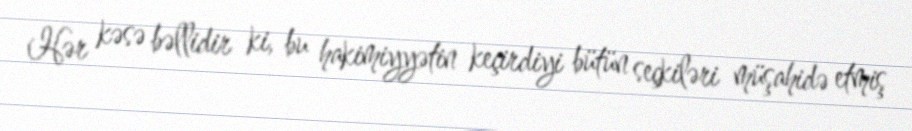
Hər kəsə bəllidir ki, bu hakimiyyətin keçirdiyi bütün seçkiləri müşahidə etmiş